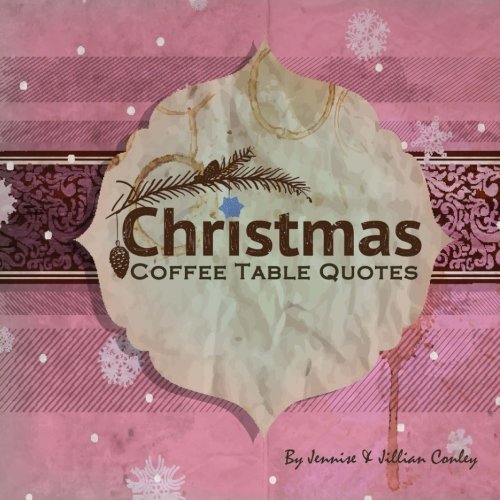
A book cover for Christmas Coffee Table Quotes; Jennise Conley; Christian Books & Bibles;